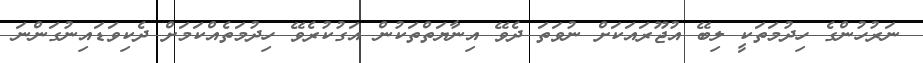
ނަރުހުންގެ ހިދުމަތަކީ ލިބޭ އުޖޫރައަކަށް ނުވަތަ ދެވޭ އިނާޔަތްތަކުން އަގުކުރެވޭ ހިދުމަތެއްކަމަށް ދެކިވަޑައިނުގަންނަ